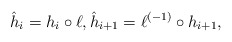
\begin{align*}\hat h_i=h_i\circ\ell, \hat h_{i+1}=\ell^{(-1)}\circ h_{i+1},\end{align*}